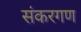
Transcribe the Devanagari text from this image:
संकरगण